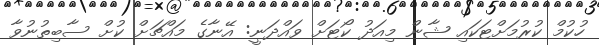
ހުކުމް ކުރުމަށްޓަކައި ޝާން މިއަދު ކޯޓަށް ވައްދަނީ: އޭނާގެ މައްޗަށް ކުށް ސާބިތުނުވާ